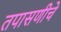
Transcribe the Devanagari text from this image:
तपासणीचे